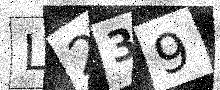
Text: L239